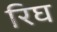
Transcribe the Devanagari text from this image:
रिघ